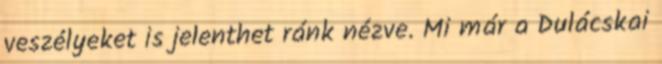
veszélyeket is jelenthet ránk nézve. Mi már a Dulácskai